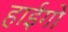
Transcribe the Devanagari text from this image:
हाईगो